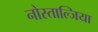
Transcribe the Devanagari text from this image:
नोस्ताल्जिया